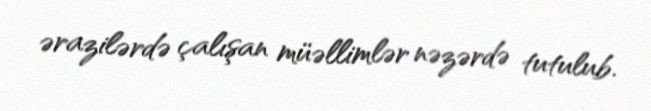
ərazilərdə çalışan müəllimlər nəzərdə tutulub.